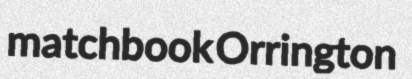
matchbook Orrington